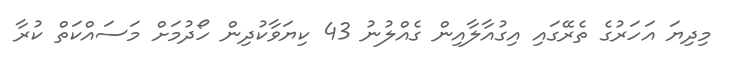
މިދިޔަ އަހަރުގެ ތެރޭގައި އިގުއާލާއިން ގެއްލުނު 43 ކިޔަވާކުދިން ހޯދުމަށް މަސައްކަތް ކުރާ